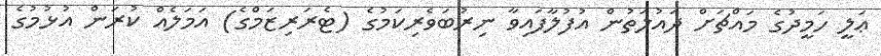
ޢަލީ ހަމީދުގެ މައްޗަށް ދައުލަތުން އުފުލާފައިވާ ނިރުބަވެރިކަމުގެ (ޓެރަރިޒަމްގެ) އަމަލެއް ކުރަން އުޅުމުގެ